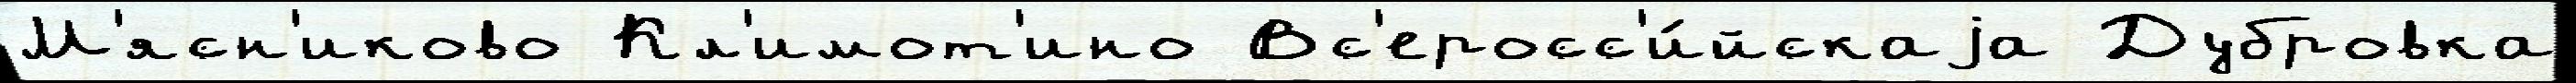
М'ясн'иково Кл'имот'ино Вс'еросс'и́йскаjа Дубровка